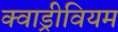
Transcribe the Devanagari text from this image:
क्वाड्रीवियम